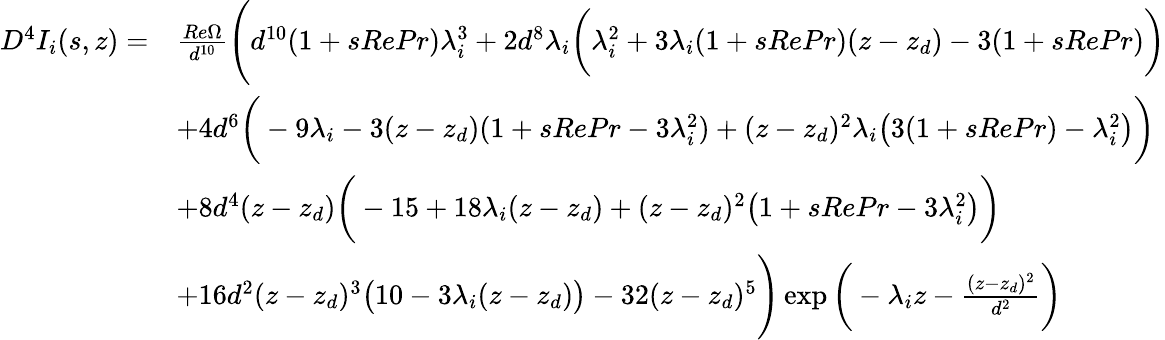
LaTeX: \begin{array}{rl}{D^{4}I_{i}(s,z)=}&{\frac{Re\Omega}{d^{10}}\Bigg(d^{10}(1+sRePr)\lambda_{i}^{3}+2d^{8}\lambda_{i}\bigg(\lambda_{i}^{2}+3\lambda_{i}(1+sRePr)(z-z_{d})-3(1+sRePr)\bigg)}\\ &{+4d^{6}\bigg(-9\lambda_{i}-3(z-z_{d})(1+sRePr-3\lambda_{i}^{2})+(z-z_{d})^{2}\lambda_{i}\big(3(1+sRePr)-\lambda_{i}^{2}\big)\bigg)}\\ &{+8d^{4}(z-z_{d})\bigg(-15+18\lambda_{i}(z-z_{d})+(z-z_{d})^{2}\big(1+sRePr-3\lambda_{i}^{2}\big)\bigg)}\\ &{+16d^{2}(z-z_{d})^{3}\big(10-3\lambda_{i}(z-z_{d})\big)-32(z-z_{d})^{5}\Bigg)\exp\bigg(-\lambda_{i}z-\frac{(z-z_{d})^{2}}{d^{2}}\bigg)}\end{array}